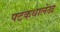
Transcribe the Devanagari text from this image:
पटकथालेख